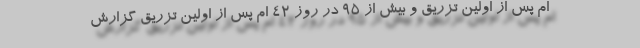
ام پس از اولین تزریق و بیش از 95 در روز 42 ام پس از اولین تزریق گزارش